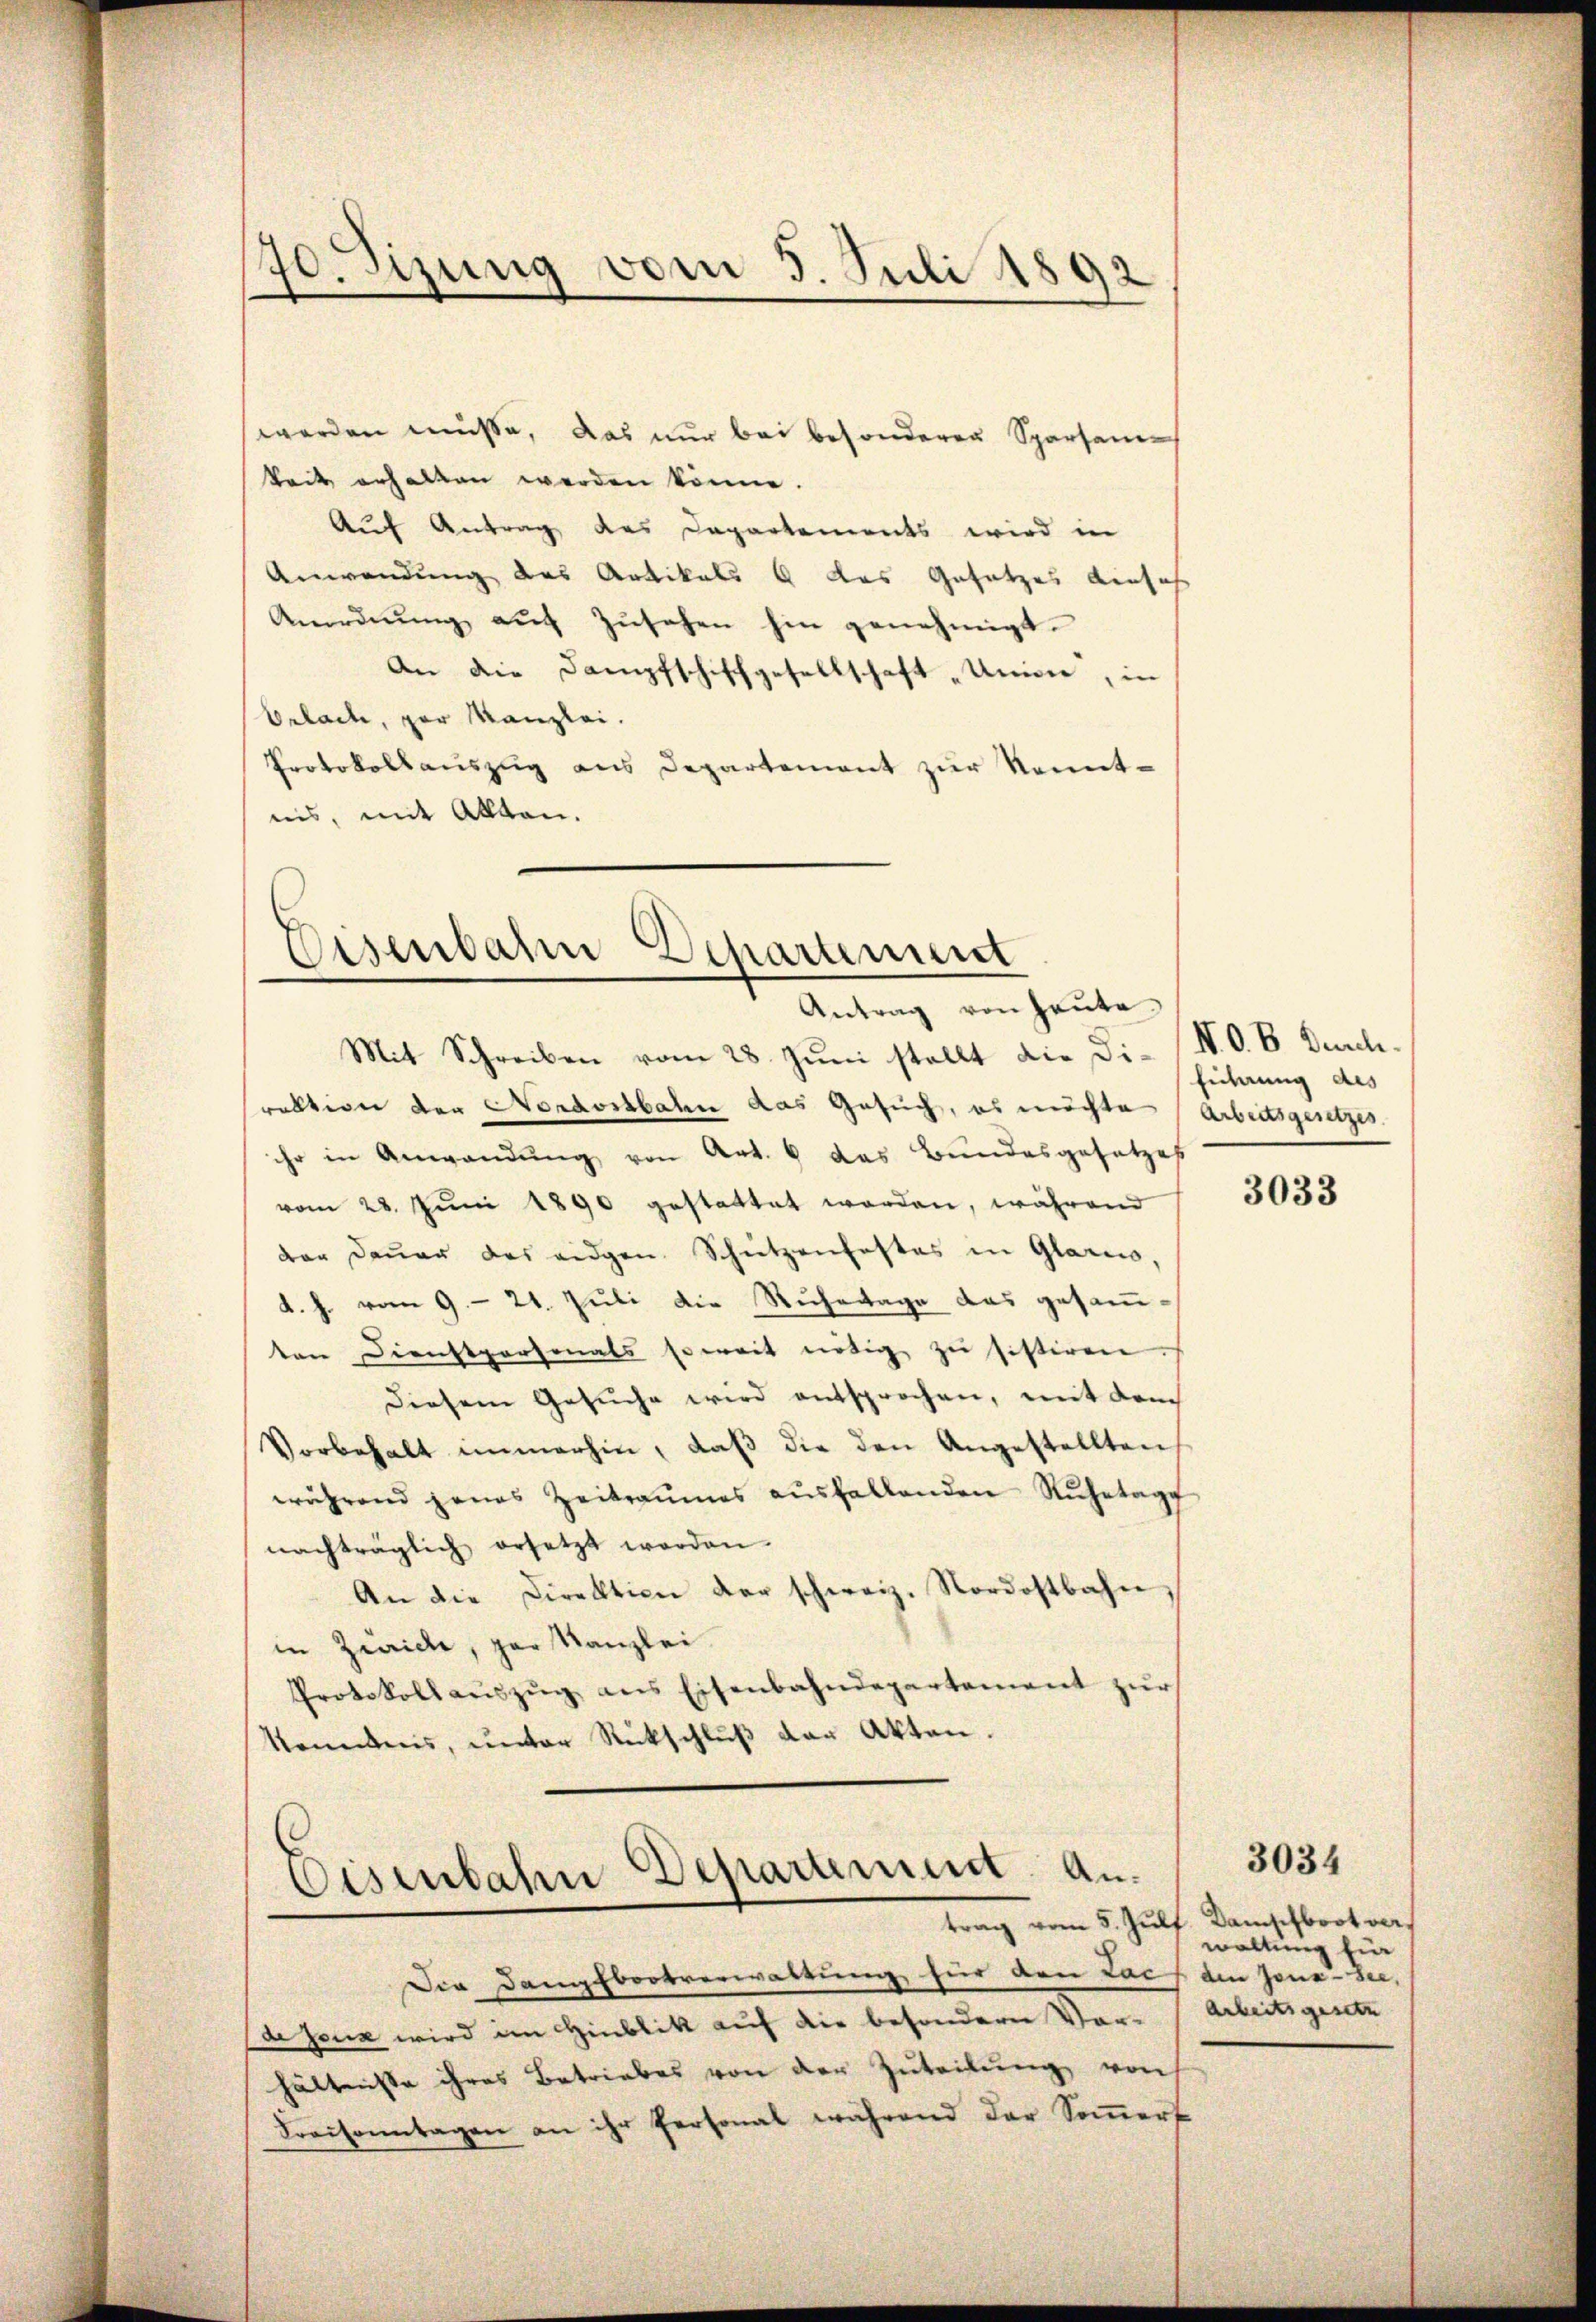
70. Sizung vom 5. Juli 1892

werden müsse, das nur bei besonderer Sparsam¬
Zeit erhalten werden könne.
Auf Antrag des Departements wird in
Anwendung des Artikals 6 das Gesetzes einsch
Anordnŭng aŭf Zŭsehen hin genehmigt.
An die Dampfschiffgesellschaft „Unione, in
Orlade, zur Kanzlei.
Protokollauszug aus Departement zur Kenntins, mit Alltan.

Eisenbar Departement
Antrag von Heute.

Mit Schreiben vom 28. Juni stellt die Di-N. O. B. Durch-
ruktion der Nordostbahn das Gesuch, es möchte (Arbeitsgesetzes.
ihr in Anwendung von Art. 6 das Bundesgesetzes
vom 28. Juni 1890 gestattet worden, während
dar Daŭer des eidgen. Schützenfestes in Glarus,
d. h. vom 9. 24. Juli die Ruhetage das gesamten Dienstpersonals soweit nötig zu sistiren
diesem Gesuche wird entsprochen, mit dem
Vorbehalt immerhin, daß die den Angestellten
während jenes Zeitraumes aŭsfallenden Rŭhetage
nachträglich ersetzt worden.
An die Direktion der schweiz. Nordostbahn
in Zürich, par Kanzlei
Protokoll aŭszŭg ans Eisenbahndepartement zŭr
kommens, unter Rückschlŭβ der Akten.

Eisenbahn Departement. An¬

Die Dampfbootverwaltung für den Lach den Jone-See,
aseux wird im Hinblik auf die besondere Vor-Arbeitsgesetz
hältnisse ihres Betriebes von der Zuteilung von
Kraisonntagen an ihr Personal während der Sommert

ficherung des

3033

trag vom 5. Julf. Danschbrot verwaltung Ein

3034